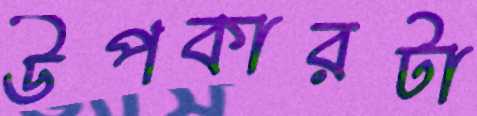
উপকারটা